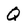
Character: Q